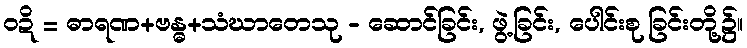
ဝဍိ = ဓာရဏ+ဗန္ဓ+သံဃာတေသု - ဆောင်ခြင်း, ဖွဲ့ခြင်း, ပေါင်းစု ခြင်းတို့၌။